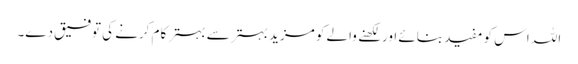
اللہ اس کو مفید بنائے اور لکھنے والے کو مزید بہتر سے بہتر کام کرنے کی توفیق دے۔